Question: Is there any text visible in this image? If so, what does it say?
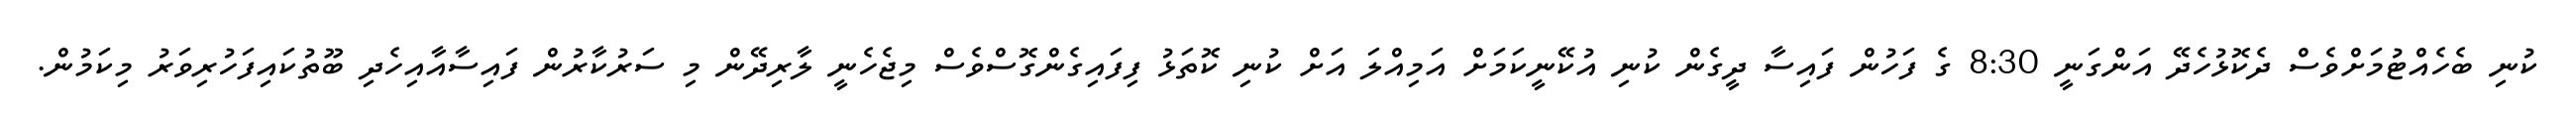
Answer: ކުނި ބެހެއްޓުމަށްވެސް ދެކޮޅުހެދޭ އަންގަނީ 8:30 ގެ ފަހުން ފައިސާ ދީގެން ކުނި އުކޭނީކަމަށް އަމިއްލަ އަށް ކުނި ކޮތަޅު ފިފައިގެންގޮސްވެސް މިޖެހެނީ ލާރިދޭން މި ސަރުކާރުން ފައިސާއާއިހެދި ބޫތުކައިފަހުރިވަރު މިކަމުން.